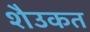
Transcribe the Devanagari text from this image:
शैउकत